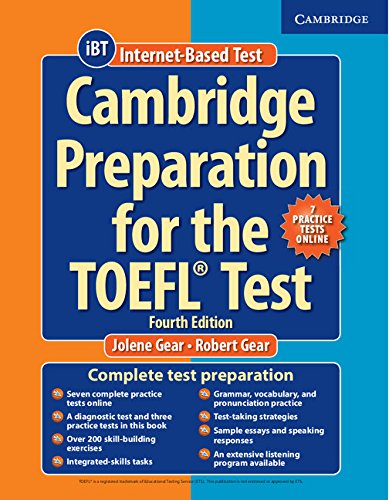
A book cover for Cambridge Preparation for the TOEFL Test Book with Online Practice Tests and Audio CDs (8) Pack; Jolene Gear; Test Preparation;